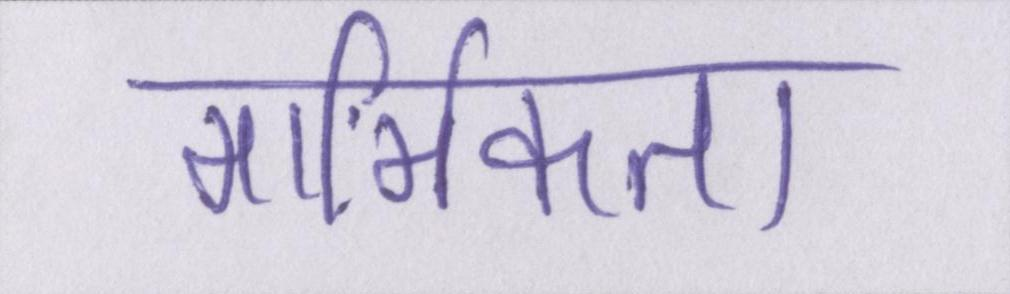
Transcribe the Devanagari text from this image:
मार्मिकता